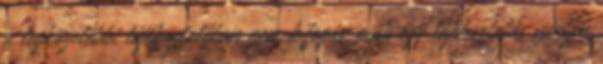
a legközelebbi tájékoztatóban nem kifogás, csak egy tájékoztatás szintjén